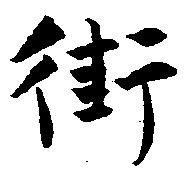
街